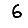
Digit: 6